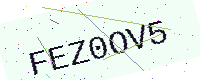
Text: FEZ0OV5